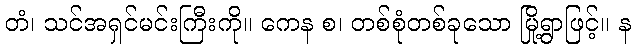
တံ၊ သင်အရှင်မင်းကြီးကို။ ကေန စ၊ တစ်စုံတစ်ခုသော မြို့ရွာဖြင့်။ န